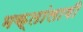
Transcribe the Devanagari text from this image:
भक्तांलागी